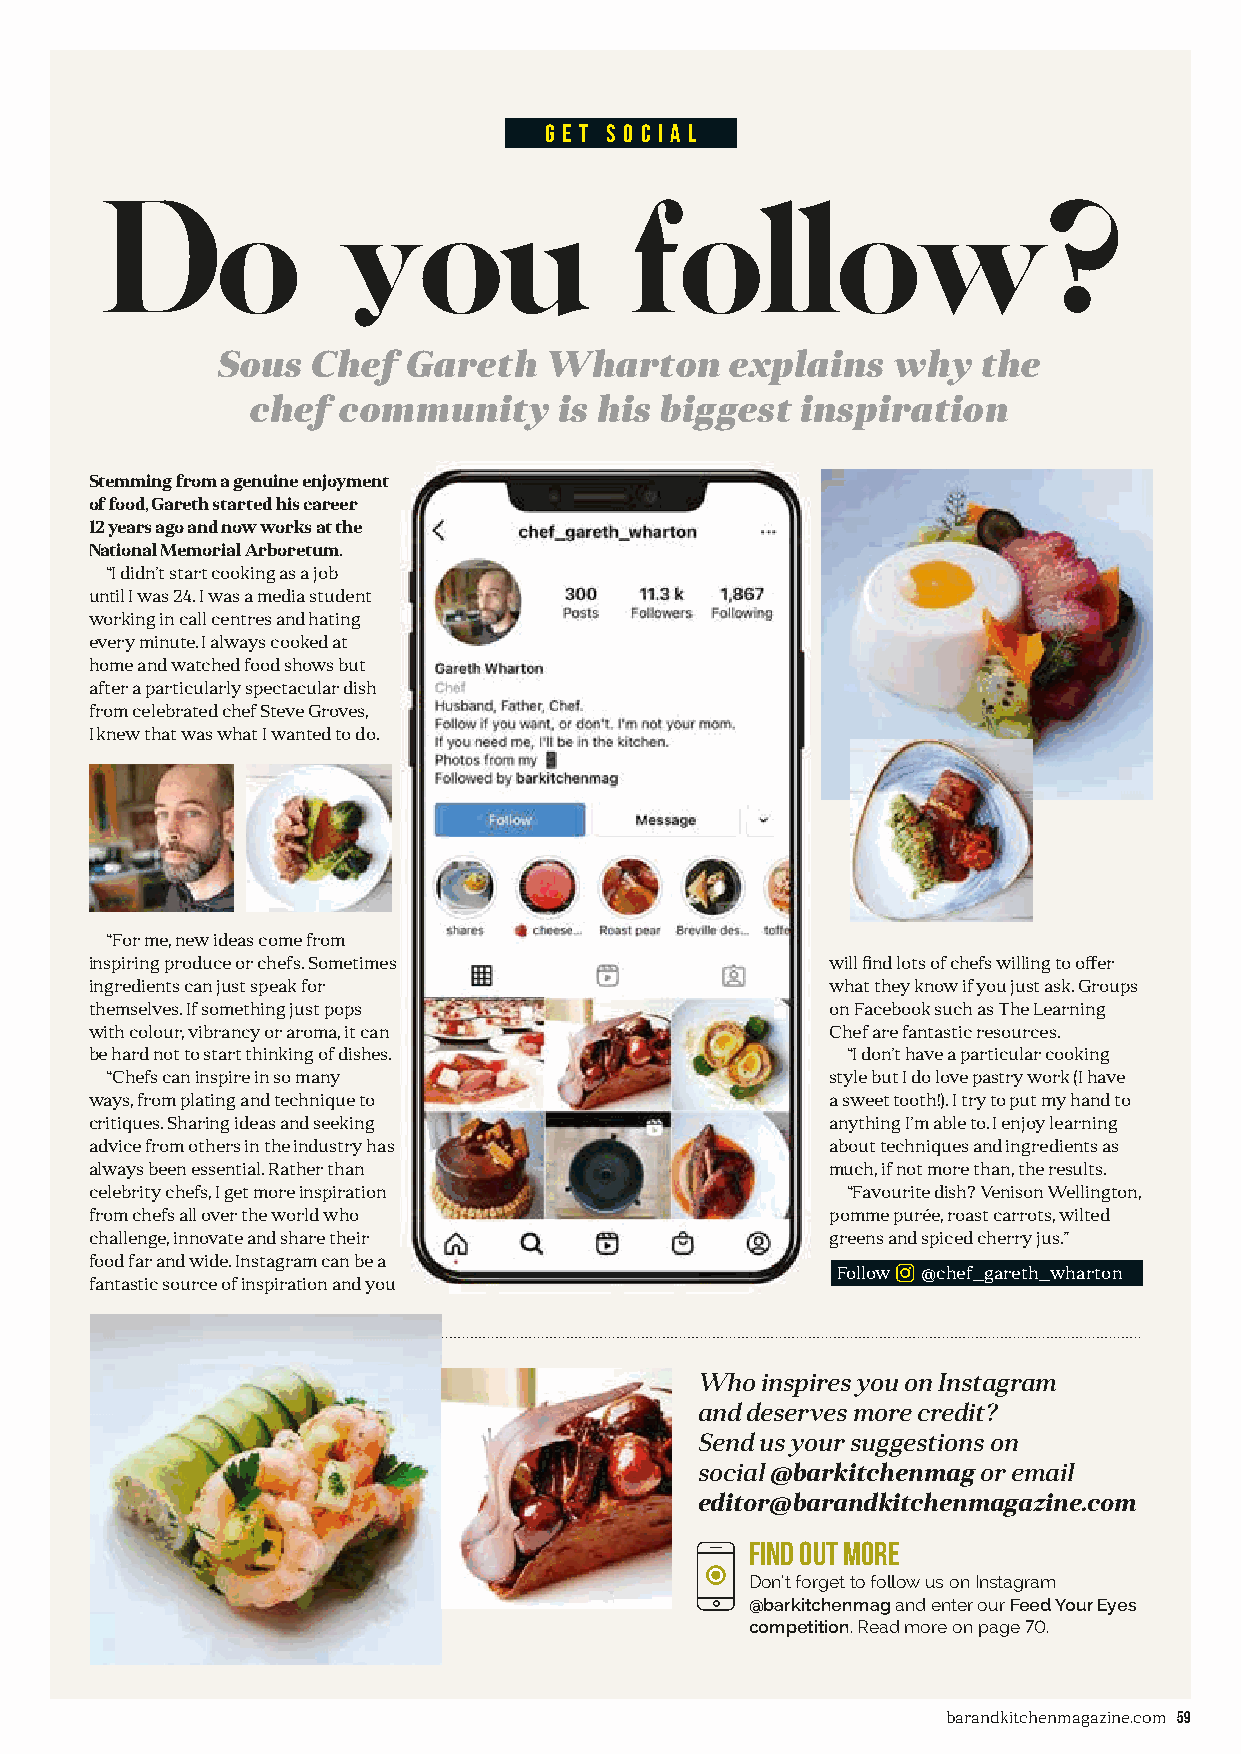
G E T S O C I A L
 Do              you                follow?
 Sous  Chef  Gareth   Wharton     explains   why   the
 chef  community     is his biggest  inspiration
 Stemming from a genuine enjoyment
 of food, Gareth started his career
 12 years ago and now works at the
 National Memorial Arboretum.
 “I didn’t start cooking as a job
 until I was 24. I was a media student
 working in call centres and hating
 every minute. I always cooked at
 home and watched food shows but
 after a particularly spectacular dish
 from celebrated chef Steve Groves,
 I knew that was what I wanted to do.
 “For me, new ideas come from
 inspiring produce or chefs. Sometimes            will fi nd lots of chefs willing to off er
 ingredients can just speak for                   what they know if you just ask. Groups
 themselves. If something just pops               on Facebook such as The Learning
 with colour, vibrancy or aroma, it can           Chef are fantastic resources.
 be hard not to start thinking of dishes.          “I don’t have a particular cooking
 “Chefs can inspire in so many                   style but I do love pastry work (I have
 ways, from plating and technique to              a sweet tooth!). I try to put my hand to
 critiques. Sharing ideas and seeking             anything I’m able to. I enjoy learning
 advice from others in the industry has           about techniques and ingredients as
 always been essential. Rather than               much, if not more than, the results.
 celebrity chefs, I get more inspiration           “Favourite dish? Venison Wellington,
 from chefs all over the world who                pomme purée, roast carrots, wilted
 challenge, innovate and share their              greens and spiced cherry jus.”
 food far and wide. Instagram can be a
 Follow @chef_gareth_wharton
 fantastic source of inspiration and you
 Who  inspires you on Instagram
 and deserves more credit?
 Send us your suggestions on
 social @barkitchenmag or email
 editor@barandkitchenmagazine.com
 find out more
 Don’t forget to follow us on Instagram
 @barkitchenmag and enter our Feed Your Eyes
 competition. Read more on page 70.
 barandkitchenmagazine.com 59
 BB&&KK--iissssuuee--0088--pp5588--5599__DDoo--yyoouu--FFoollllooww__vv44 SSUUBB..iinndddd 5599 1122//1100//22002211 1155::4400